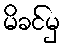
မိခင်မှ